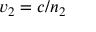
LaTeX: v _ { 2 } = c / n _ { 2 }